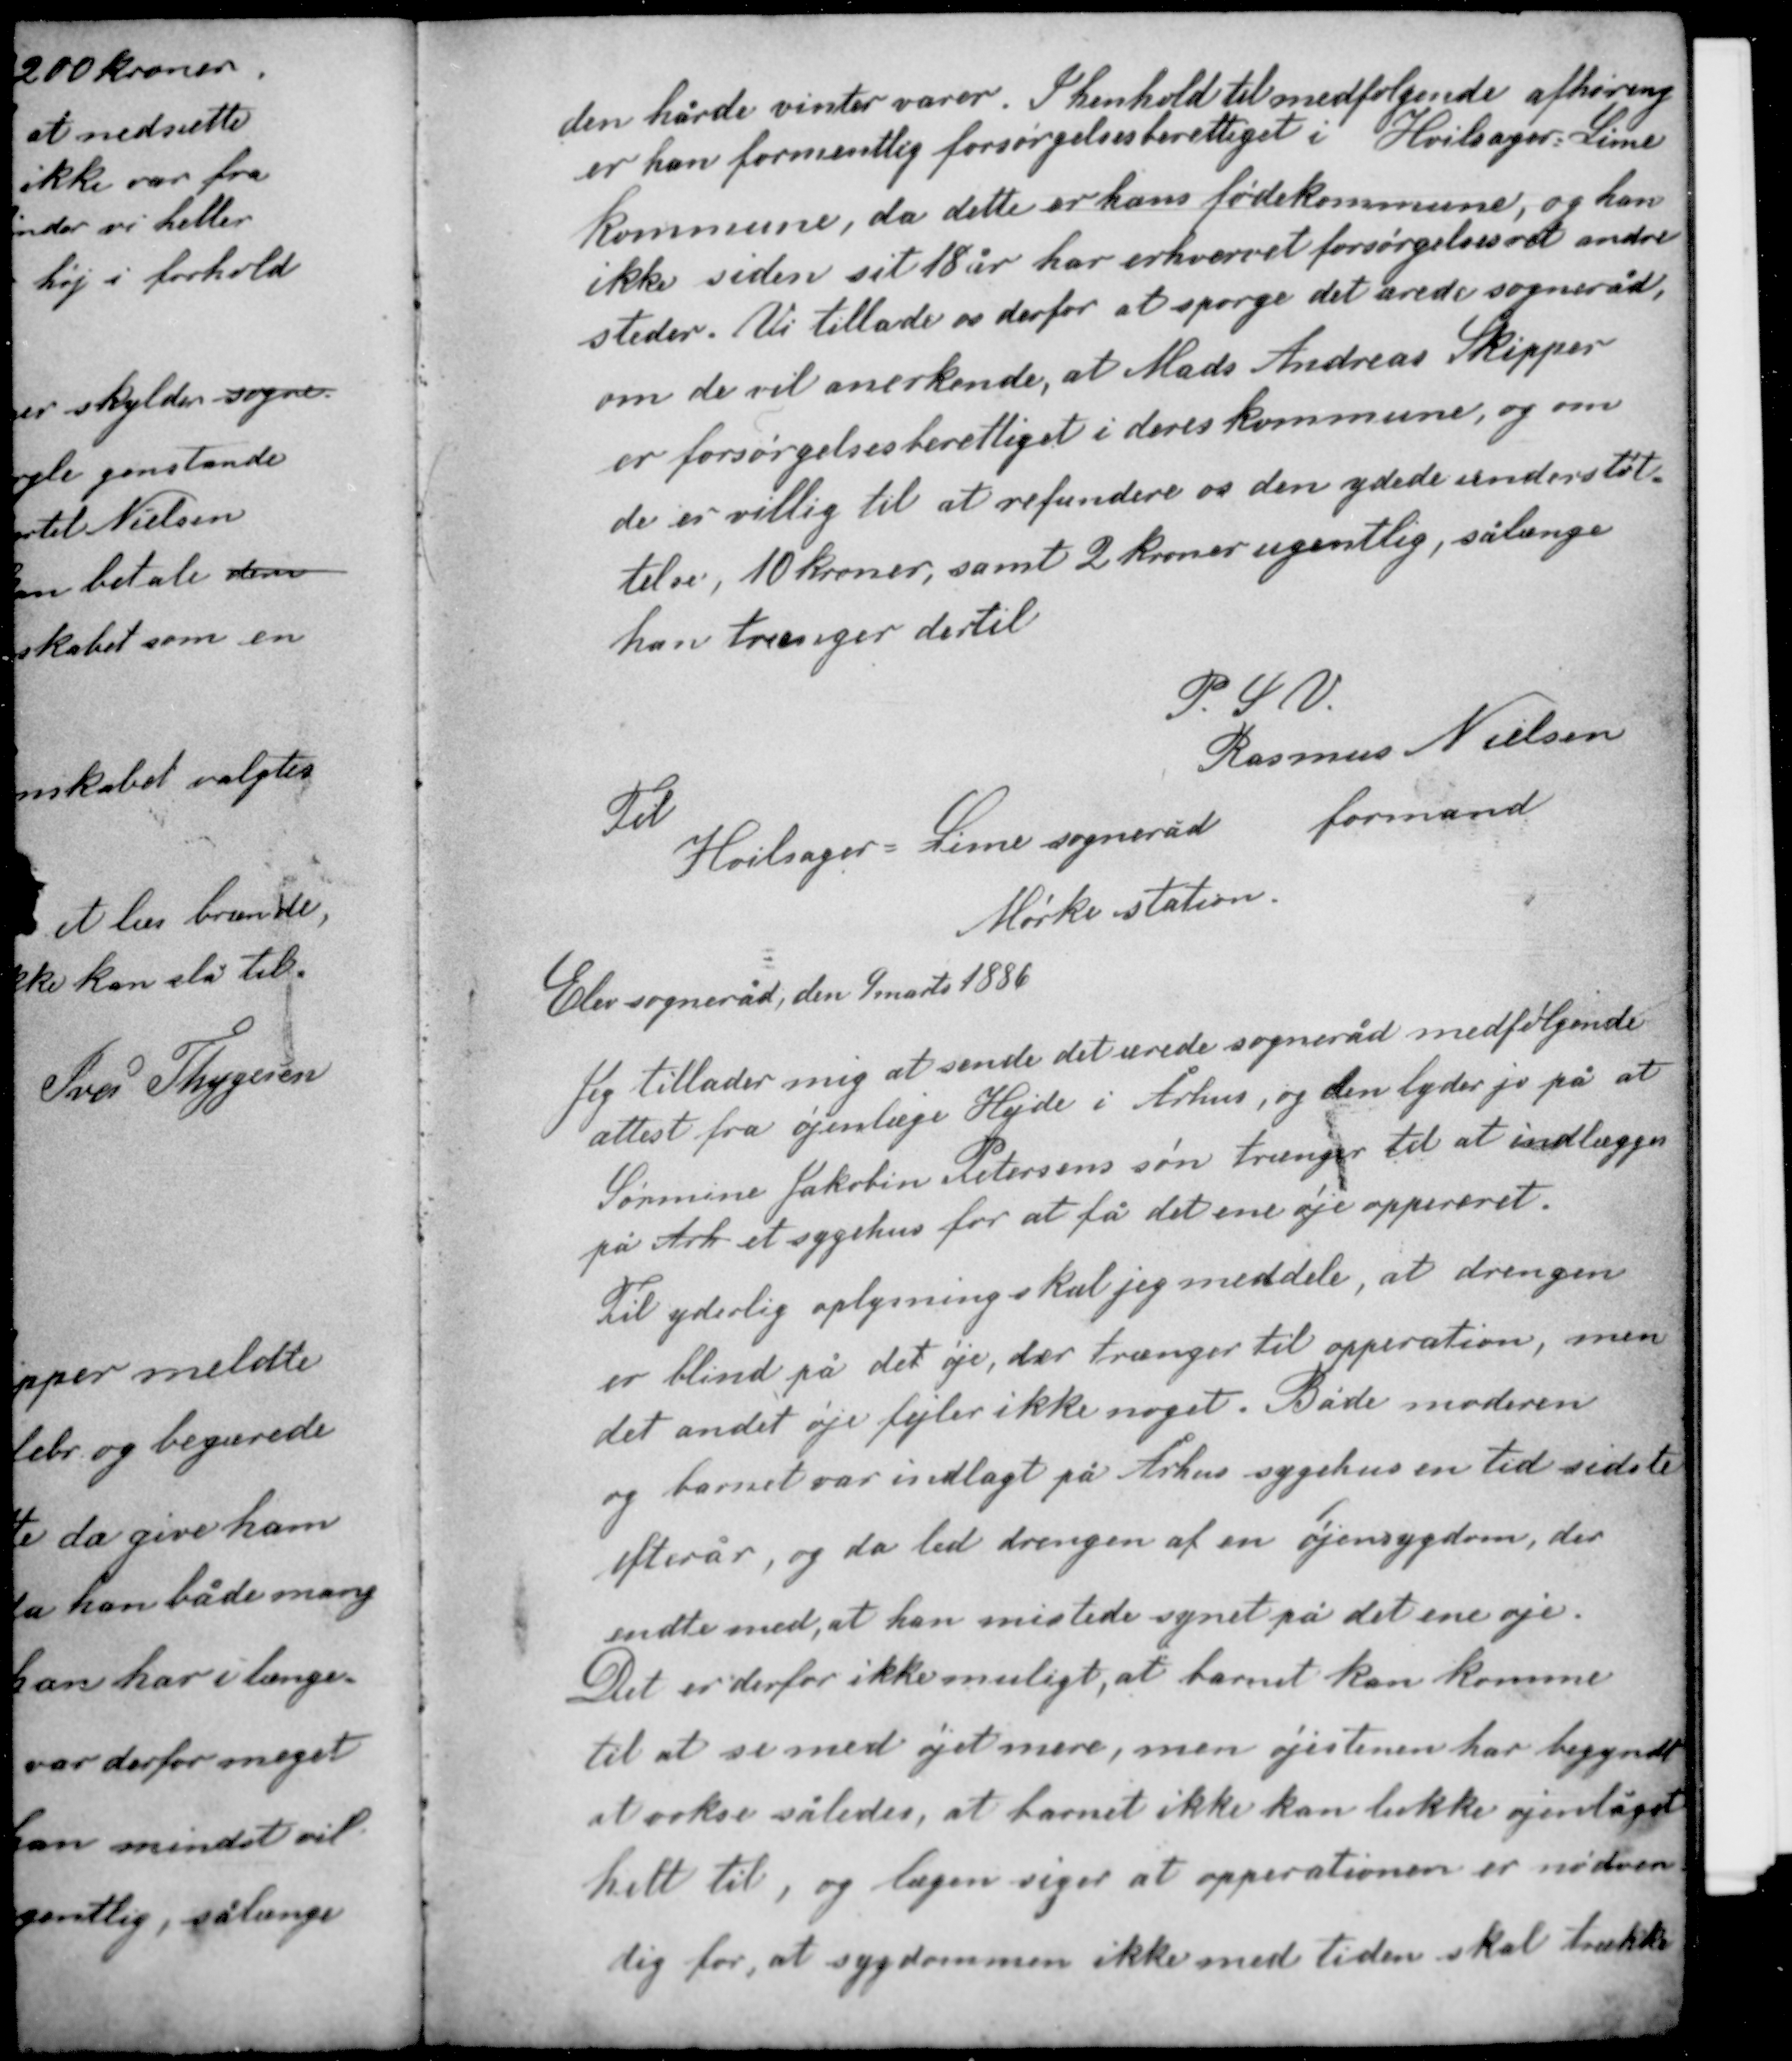
Transskription:
den hårde vinter varer. I henhold til medfølgende afhøring
er han formentlig forsørgelsesberettiget i Hvilsager-Lime
kommune, da dette er hans fødekommune, og han
ikke siden sit 18 år har erhvervet forsørgelsesret andre
steder. Vi tillader os derfor at spørge det ærede sogneråd
om de vil anerkende, at Mads Andreas Skipper
er forsørgelsesberettiget i deres kommune og om
de er villig til at refundere os den ydede understøt-
telse, 10 kroner, samt 2 kroner ugentlig, sålænge
han trænger dertil.

P. S. V.
Rasmus Nielsen
formand

Til
Hvilsager - Lime sogneråd
Mørke station

Elev sogneråd, den 9 marts 1886

Jeg tillader mig at sende det ærede sogneråd medfølgende
attest fra øjenlæge Hejde i Århus, og den lyder jo på at
Sørmine Jakobine Petersens søn trænger til at indlægges
på Årh et sygehus for at få det ene øje oppereret.

Til yderlig oplysning skal jeg meddele, at drengen
er blind på det øje, der trænger til opperation, men
det andet øje fejler ikke noget. Både moderen
og barnet var indlagt på Århus sygehus en tid sidste
efterår, og da led drengen af en øjensygdom, der
endte med, at han mistede synet på det ene øje.
Det er derfor ikke muligt, at barnet kan komme

til at se med øjet mere, men øjestenen har begyndt
at vokse således, at barnet ikke kan lukke øjenlåget
helt til, og lægen siger at opperationen er nødven-
dig for, at sygdommen ikke med tiden skal trække